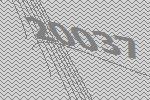
20037